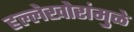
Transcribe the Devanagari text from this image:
हल्लेखोरांमुळे